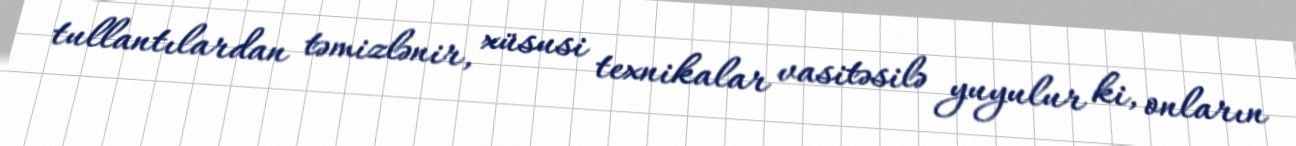
tullantılardan təmizlənir, xüsusi texnikalar vasitəsilə yuyulur ki, onların